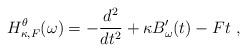
LaTeX: \begin{align*}H_{\kappa,F}^{\theta}(\omega)=-\frac{d^2}{dt^2}+\kappa B_{\omega}'(t)-Ft\ ,\end{align*}